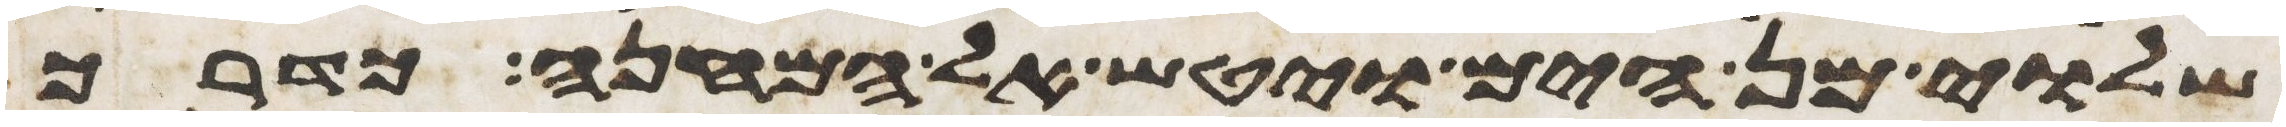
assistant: שלוי מן הים ויטש אל המחנה כדרך